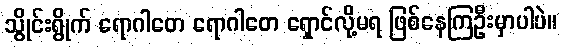
သွိုင်းရွိုက် ရောဂါတေ ရောဂါတေ ရှောင်လို့မရ ဖြစ်နေကြဦးမှာပါပဲ။